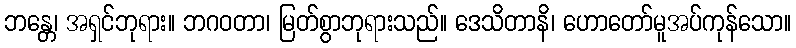
ဘန္တေ၊ အရှင်ဘုရား။ ဘဂဝတာ၊ မြတ်စွာဘုရားသည်။ ဒေသိတာနိ၊ ဟောတော်မူအပ်ကုန်သော။